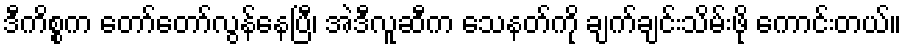
ဒီကိစ္စက တော်တော်လွန်နေပြီ၊ အဲဒီလူဆီက သေနတ်ကို ချက်ချင်းသိမ်းဖို ကောင်းတယ်။